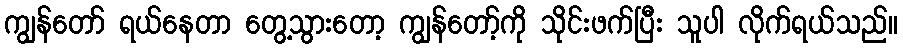
ကျွန်တော် ရယ်နေတာ တွေ့သွားတော့ ကျွန်တော့်ကို သိုင်းဖက်ပြီး သူပါ လိုက်ရယ်သည်။